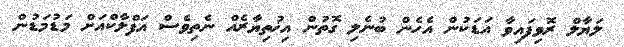
ލަޔާލް ރޮވިފައިވާ އަޑަކުން އެހެން ބުނެލި ގޮތުން އިޚުތިޔާރެއް ނެތިވެސް އަފްލާކްއަށް މަޑުމަޑުން